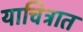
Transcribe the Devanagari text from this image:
याचित्रात